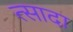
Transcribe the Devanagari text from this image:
त्सादा